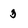
Character: 3